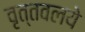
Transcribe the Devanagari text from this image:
वृत्तवलये